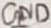
Text: GND